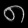
Digit: ၈